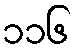
၁၁၆